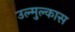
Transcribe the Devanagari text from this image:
उल्मुल्कास